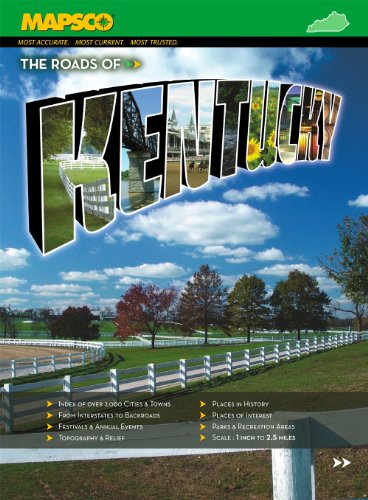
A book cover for The Roads of Kentucky; Mapsco; Travel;